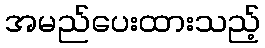
အမည်ပေးထားသည့်